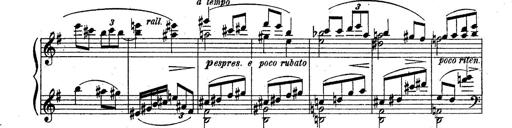
Title: Sonatine
Composer: Adrian Shaposhnikov
Key: E minor